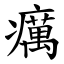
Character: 癘